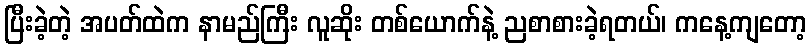
ပြီးခဲ့တဲ့ အပတ်ထဲက နာမည်ကြီး လူဆိုး တစ်ယောက်နဲ့ ညစာစားခဲ့ရတယ်၊ ကနေ့ကျတော့